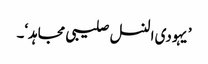
’یہودی النسل صلیبی مجاہد‘۔